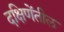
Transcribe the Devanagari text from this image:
दक्षिणेंतील